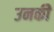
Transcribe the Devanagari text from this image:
उनकीे